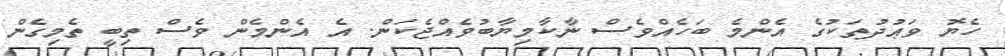
ހެޔޮ ވަޢުދުތަކުގެ އެންމެ ބަހެއްވެސް ނާކާމިޔާބުވެއްޖެކަން. އެ އެންމެން ވެސް ތިބީ ތެމިގެން